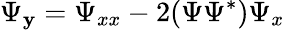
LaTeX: \Psi_{\mathbf{y}}=\Psi_{xx}-2(\Psi\Psi^{*})\Psi_{x}